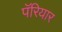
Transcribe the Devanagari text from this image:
पॅरियार